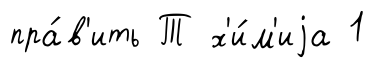
пра́в'ить Т х'и́м'иjа 1